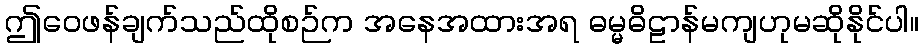
ဤဝေဖန်ချက်သည်ထိုစဉ်က အနေအထားအရ ဓမ္မဓိဠာန်မကျဟုမဆိုနိုင်ပါ။